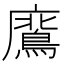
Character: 𭚊